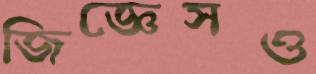
জিজ্ঞেসও